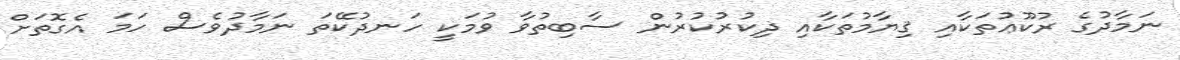
ނަމާދުގެ ރުކޫޢުތަކާއި ޤިޔާމުތަކާއި ޛިކުރުކުރުން ސާބިތުވާ ވުމަކީ ހަނދުކޭތަ ނަމާދުވެސް ހަމަ އެގޮތަށް